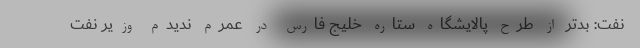
نفت: بدتر از طرح پالایشگاه ستاره خلیج فارس در عمرم ندیدم وزیر نفت